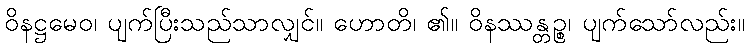
ဝိနဋ္ဌမေဝ၊ ပျက်ပြီးသည်သာလျှင်။ ဟောတိ၊ ၏။ ဝိနဿန္တဉ္စ၊ ပျက်သော်လည်း။